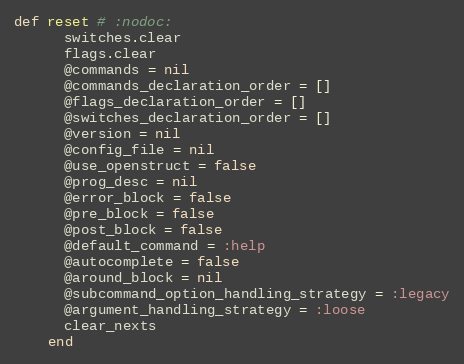
Language: Ruby
def reset # :nodoc:
      switches.clear
      flags.clear
      @commands = nil
      @commands_declaration_order = []
      @flags_declaration_order = []
      @switches_declaration_order = []
      @version = nil
      @config_file = nil
      @use_openstruct = false
      @prog_desc = nil
      @error_block = false
      @pre_block = false
      @post_block = false
      @default_command = :help
      @autocomplete = false
      @around_block = nil
      @subcommand_option_handling_strategy = :legacy
      @argument_handling_strategy = :loose
      clear_nexts
    end